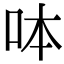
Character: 呠